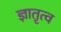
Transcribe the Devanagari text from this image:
ज्ञातृत्व